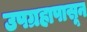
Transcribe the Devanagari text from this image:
उपग्रहापासून